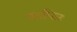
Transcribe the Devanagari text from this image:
था।फिर